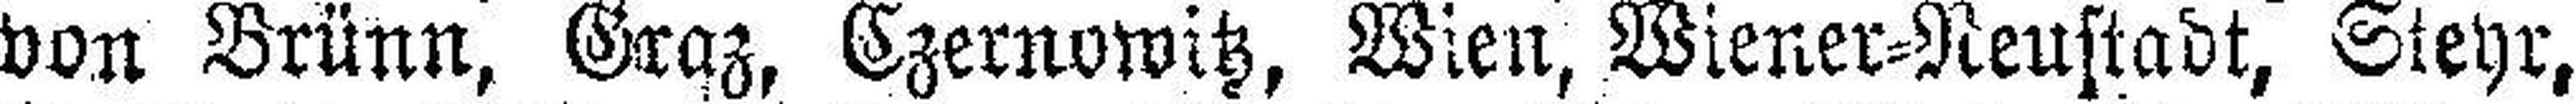
von Brünn, Graz, Czernowitz, Wien, Wiener=Neustadt, Steyr,